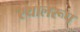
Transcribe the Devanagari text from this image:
स्थालरूप